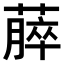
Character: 𫉡